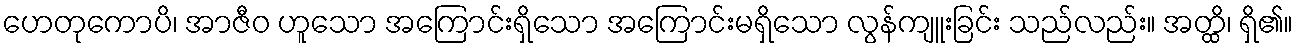
ဟေတုကောပိ၊ အာဇီဝ ဟူသော အကြောင်းရှိသော အကြောင်းမရှိသော လွန်ကျူးခြင်း သည်လည်း။ အတ္ထိ၊ ရှိ၏။